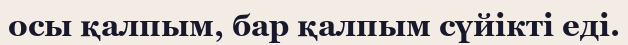
осы қалпым, бар қалпым сүйікті еді.